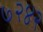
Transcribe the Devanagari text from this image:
७२४२